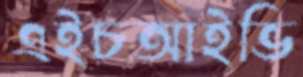
এইচআইভি